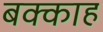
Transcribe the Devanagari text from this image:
बक्काह